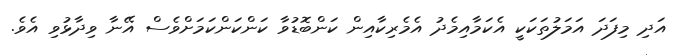
އަދި މިފަދަ އަމަލުތަކަކީ އެކަމާއިމެދު އެމެރިކާއިން ކަންބޮޑުވާ ކަންކަންކަމަށްވެސް އޭނާ ވިދާޅުވި އެވެ.